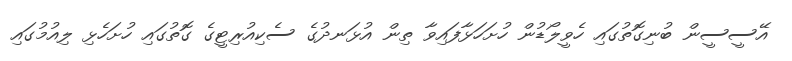
އޭސީސީން ބުނިގޮތުގައި ހެވީލޯޑުން ހުށަހަޅާފައިވާ ތިން އުޅަނދުގެ ސެކިއުރިޓީގެ ގޮތުގައި ހުށަހެޅި ލިއުމުގައި